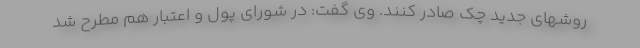
روشهای جدید چک صادر کنند. وی گفت: در شورای پول و اعتبار هم مطرح شد